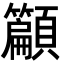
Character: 𮨣